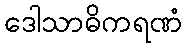
ဒေါသာဓိကရဏံ